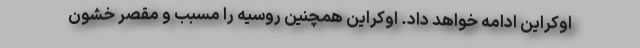
اوکراین ادامه خواهد داد. اوکراین همچنین روسیه را مسبب و مقصر خشون